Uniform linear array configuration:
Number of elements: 8
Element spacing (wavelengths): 0.25
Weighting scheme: exponential
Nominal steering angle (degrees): -45
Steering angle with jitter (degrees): -44.156
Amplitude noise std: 0.05
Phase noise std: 0.05

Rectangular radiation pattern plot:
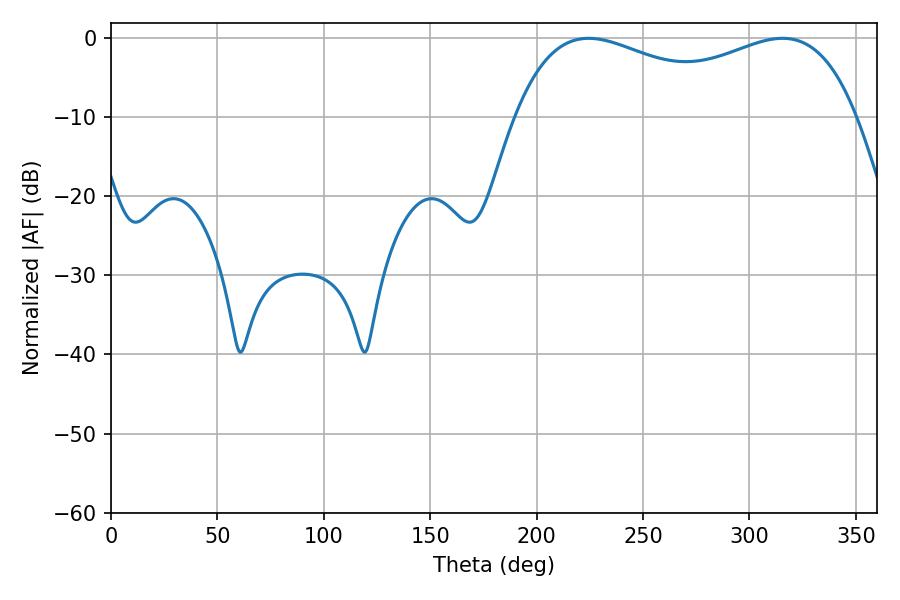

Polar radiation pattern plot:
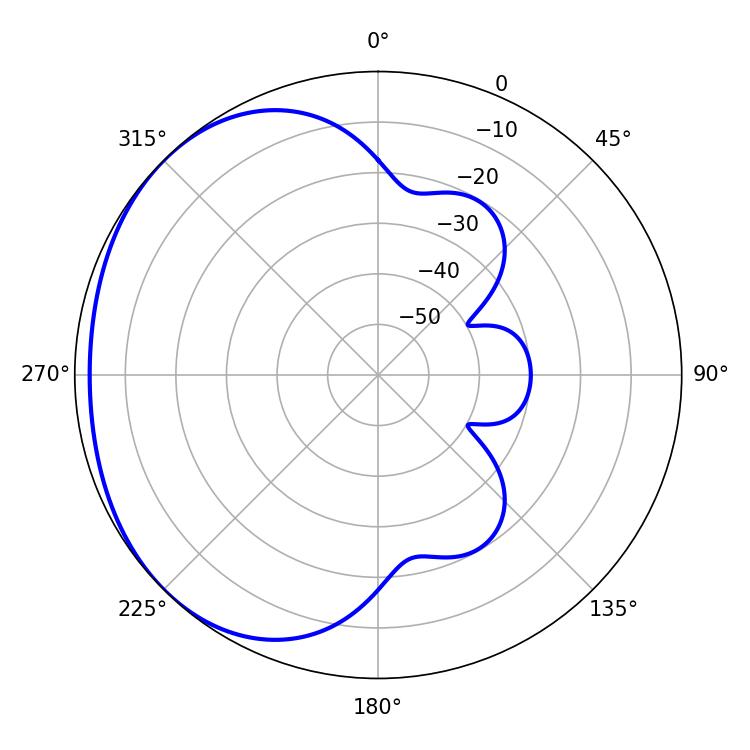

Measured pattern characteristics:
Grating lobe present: FALSE
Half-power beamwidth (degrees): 132.84
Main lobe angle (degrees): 224.46